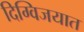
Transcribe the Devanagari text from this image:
दिग्विजयात